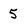
Character: 5